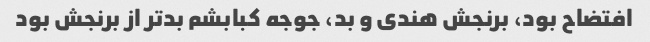
افتضاح بود، برنجش هندی و بد، جوجه کبابشم بدتر از برنجش بود